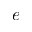
e